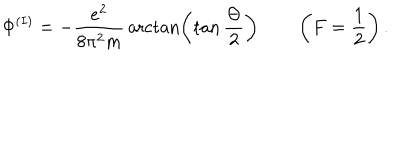
\Phi ^ { ( I ) } = - { \frac { e ^ { 2 } } { 8 \pi ^ { 2 } m } } \operatorname { a r c t a n } \biggl ( \tan { \frac { \Theta } { 2 } } \biggr ) \qquad \left( F = \frac { 1 } { 2 } \right) .